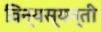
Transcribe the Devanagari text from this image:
विन्यस्यन्ती